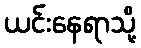
ယင်းနေရာသို့